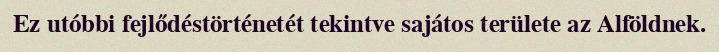
Ez utóbbi fejlődéstörténetét tekintve sajátos területe az Alföldnek.